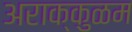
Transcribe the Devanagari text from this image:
अराक्कुळम